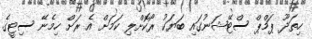
ހިތަދޫ ޕަމްޕް ސްޓޭޝަނުގައި ބަޔަކު ރޯކޮށްލި ކަމަށް އެ ރަށް ހިމެނޭ ސިޓީގެ